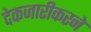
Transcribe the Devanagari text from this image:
देकजारीकरने